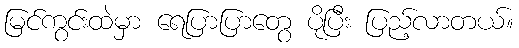
မြင်ကွင်းထဲမှာ ရေပြာပြာတွေ ပိုပြီး ပြည့်လာတယ်။